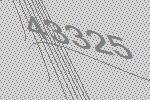
43325